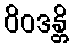
ဝိဝဒန္တိ